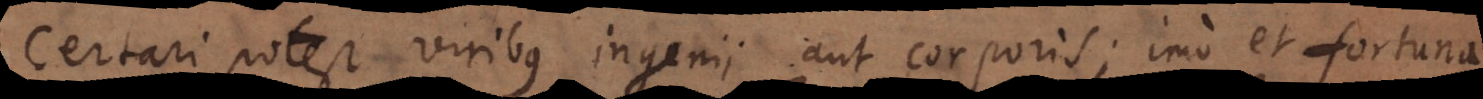
Certari potest viribus ingenii aut corporis; imo et fortuna.